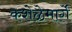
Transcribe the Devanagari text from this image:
कशेळेमार्गे